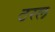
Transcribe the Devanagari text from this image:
ठरल